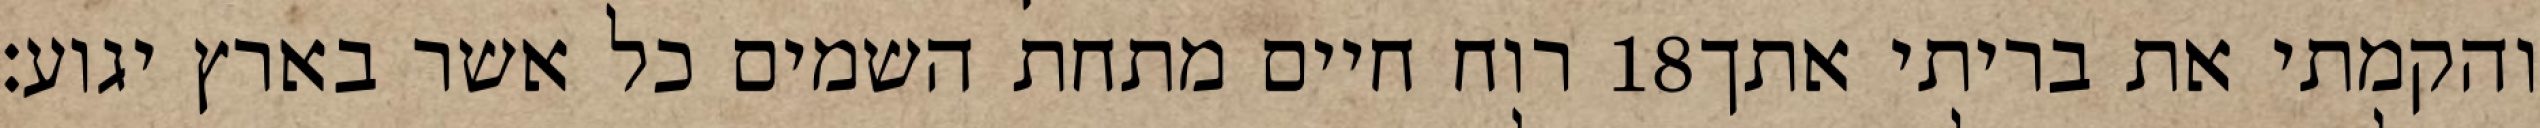
רוח חיים מתחת השמים כל אשר בארץ יגוע׃ ‎18‏ והקמתי את בריתי אתך